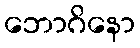
ဘောဂိနော